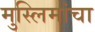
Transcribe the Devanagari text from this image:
मुस्लिमांचा